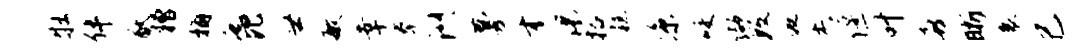
牡伴猷糟桷迤比世敏幸拳洲蔓才渴括糕凉咬缬数逅杰偃叶喜晰衰己